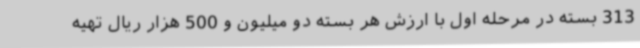
313 بسته در مرحله اول با ارزش هر بسته دو میلیون و 500 هزار ریال تهیه